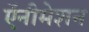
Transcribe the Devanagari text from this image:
ऍनीमेशन